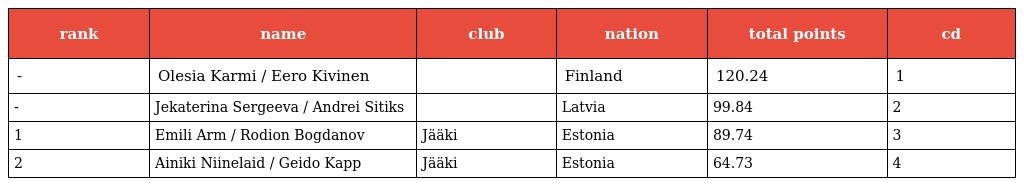
| rank | name | club | nation | total points | cd |
 | --- | --- | --- | --- | --- | --- |
 | - | Olesia Karmi / Eero Kivinen |  | Finland | 120.24 | 1 |
 | - | Jekaterina Sergeeva / Andrei Sitiks |  | Latvia | 99.84 | 2 |
 | 1 | Emili Arm / Rodion Bogdanov | Jääki | Estonia | 89.74 | 3 |
 | 2 | Ainiki Niinelaid / Geido Kapp | Jääki | Estonia | 64.73 | 4 |